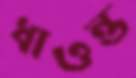
ধাওন্ত